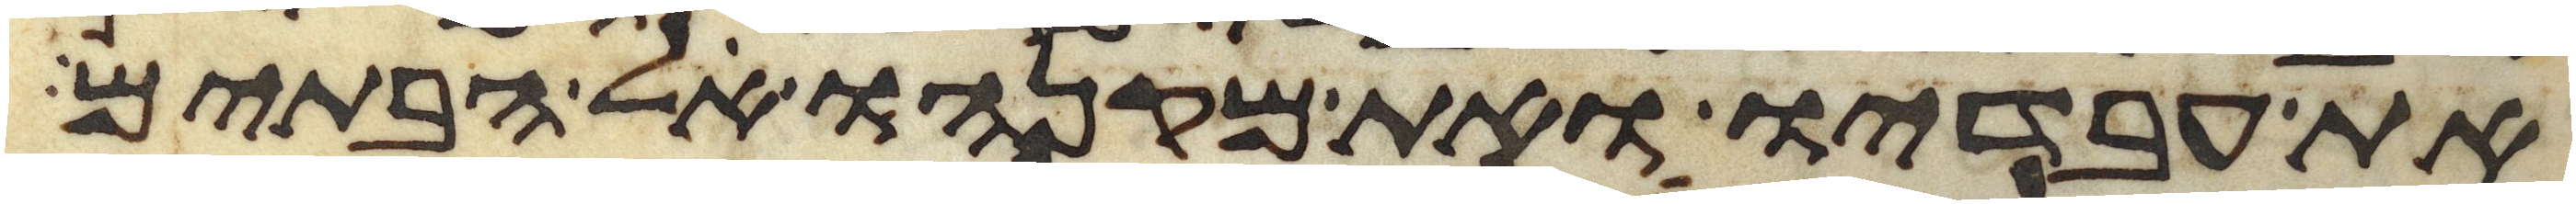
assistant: את עבדיו ואת מקנהו אל הבתים